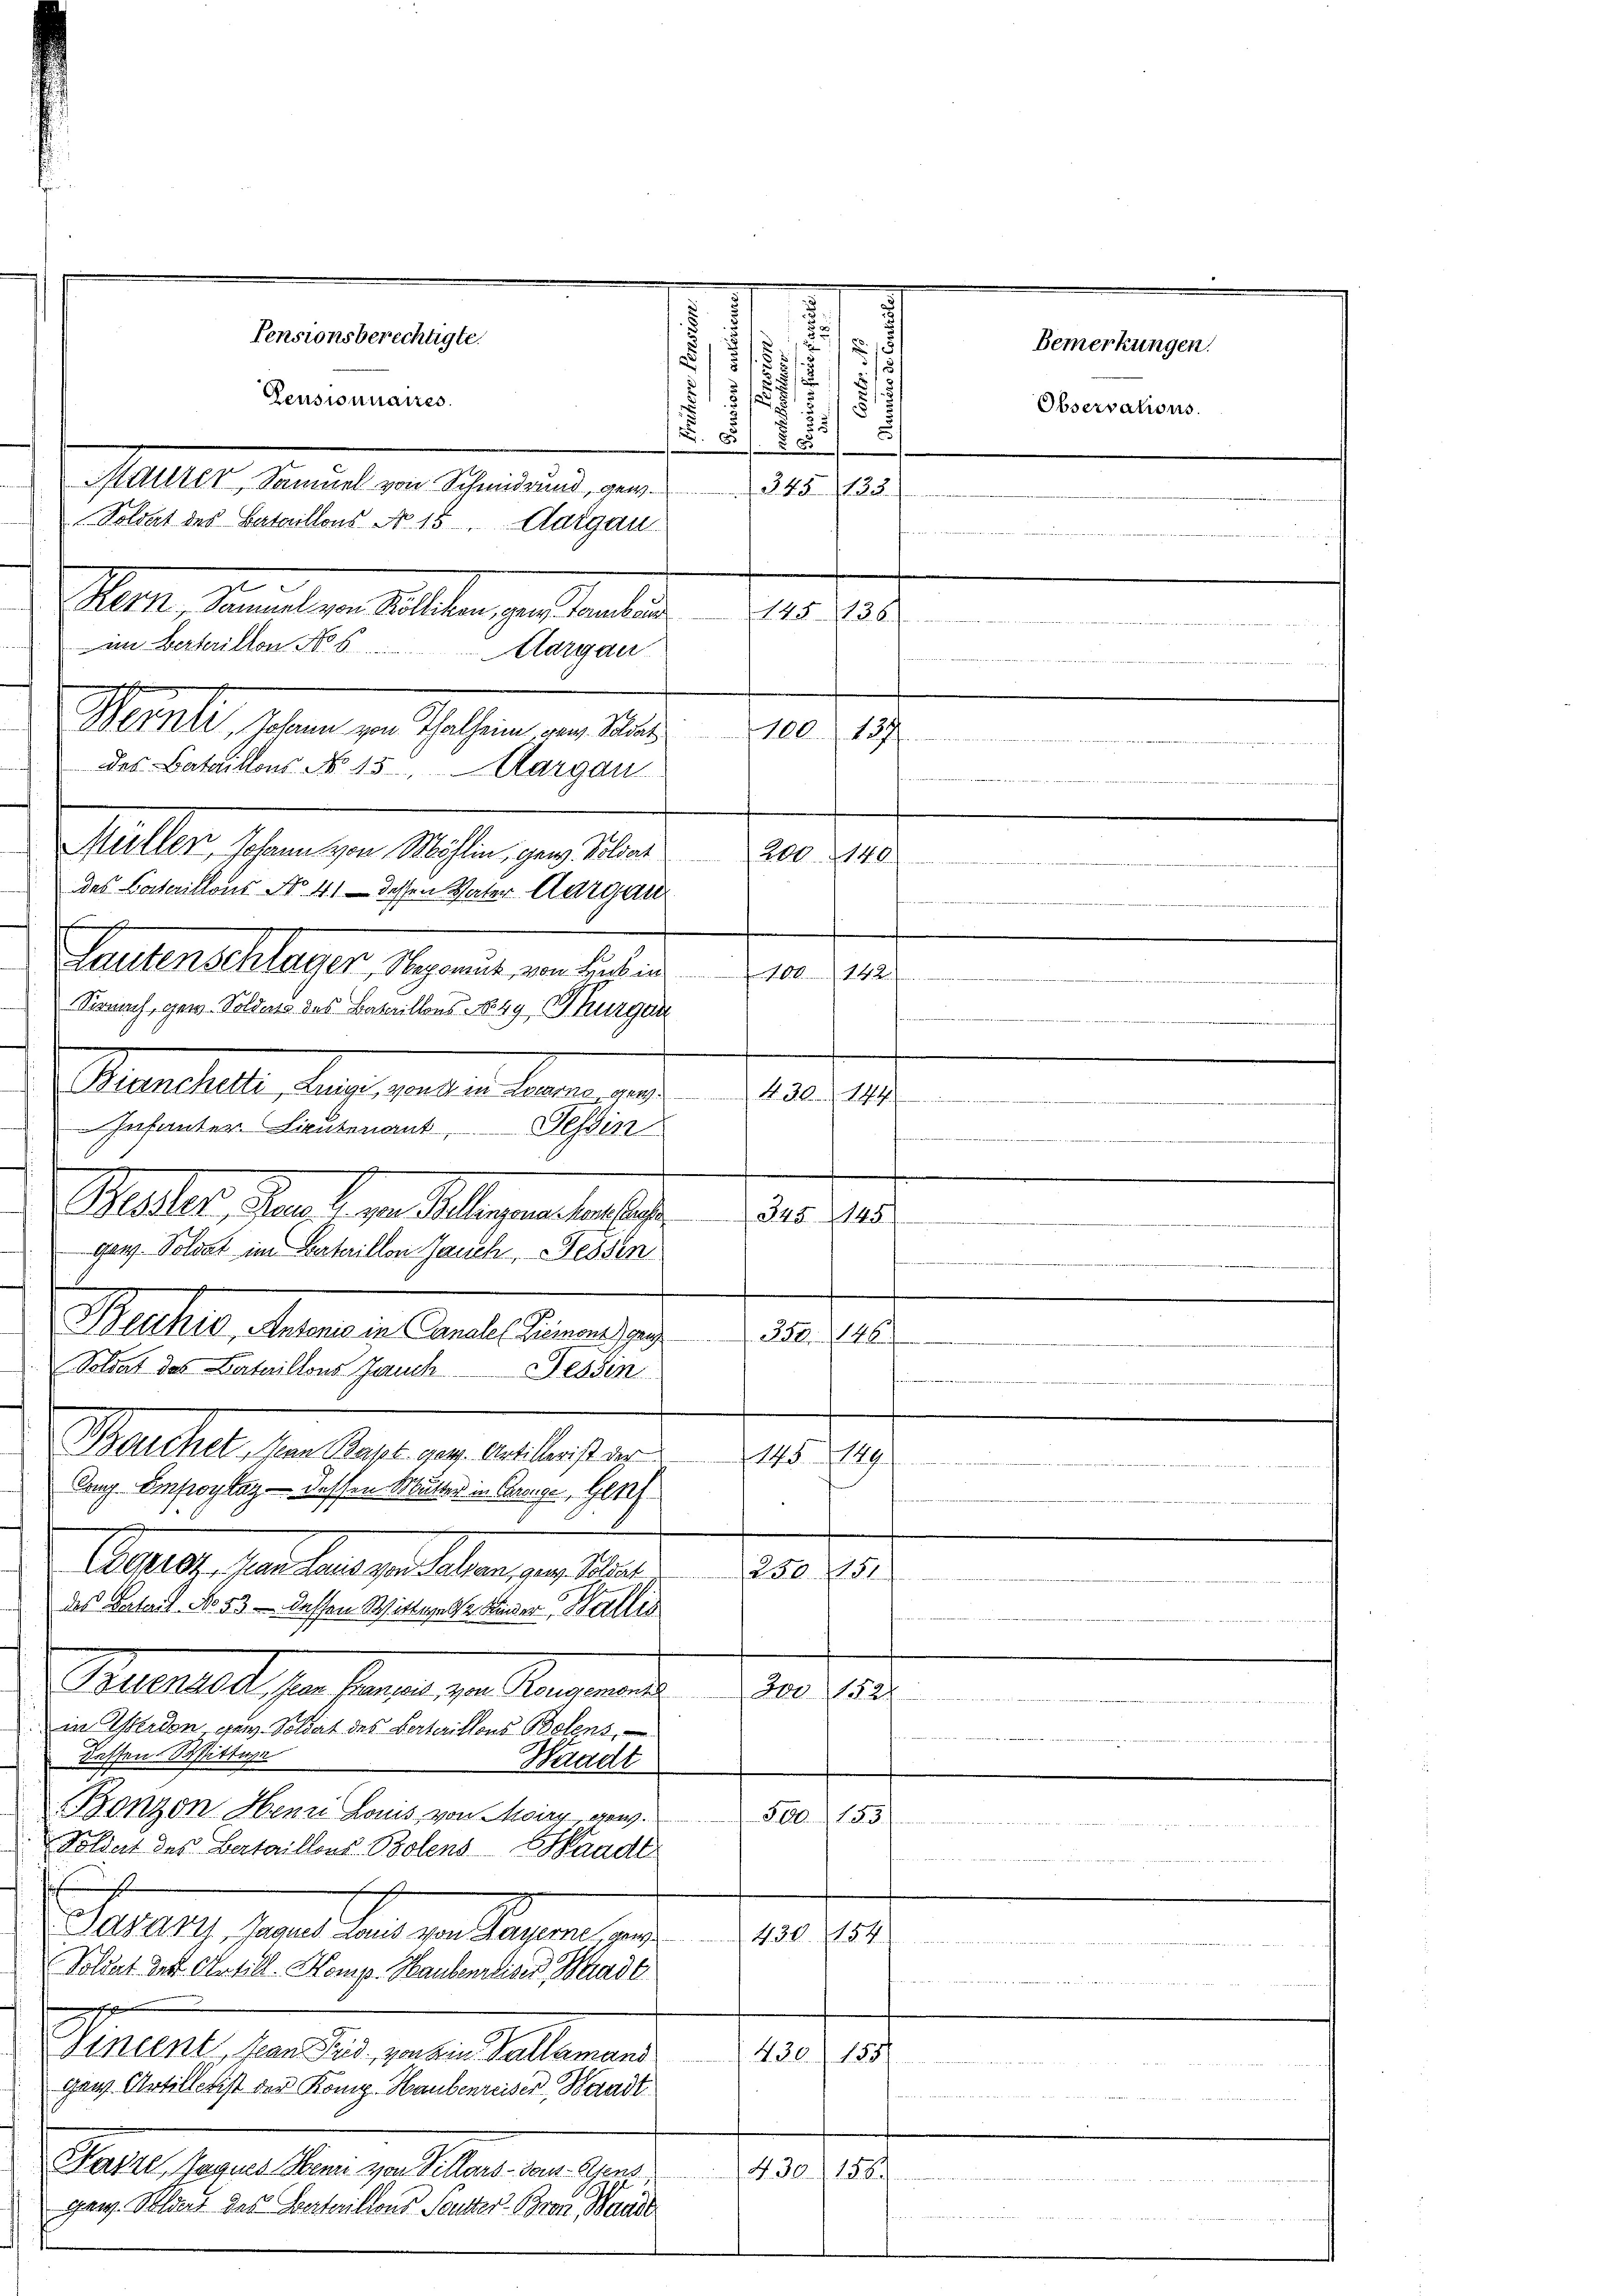
Pensionnaires.
i
§ 51. 89
Malter Sammel von Schmidrund, gew.
Soldat des Bataillons No 15. Aargau
.
Merl, Staaten Mater gestanden
145-136.
im Bataillon No 6. Aargau
Wernli, Johann von Thalheim von Mad. 100. 187
des Bataillons No 15, Aargau
Müller, Johann von Möhlin, gew. Soldat 200 140
des Vaterillons No. 41 dessen Vater Aargau
f
Lantenschlager, Nepomnt von Bub in 100 142
.
Sienach, gew. Soldans des Bataillons- Egg, Thurgan
Menthalte, der alten denen ande
4. 30. 144.
i
r
Infanter Lautenant
Tessin
t
Madler, den d. von Magen das ehe . . . .
gen. Soldat im Bataillon Jauch, Fessen
f

Beichis, Antonis in Canale Liemonst gen 350. 146
Soldat das Bertaillons Jauch
Tessin
Maltet, der Seite vor deutlicht au
145. 149.
Aug. Einfroglaz — dessen Mutter in Connige, Gesch
 n. Freiben gestalten, an den d. 23. 28.
des Batail. No. 53. — Dassen Wittwerk einer Wallis
Mauerte zu seine von Namenten

in Werden, ganz Soldat des Bertaillons Bolens,
ilch leiteren werden Wert werden ist in der eine
dessen Wittwe
Waadt
n
Bonzon Herr Louis, von Moirg, gew. 500 153
  Mitter
Soldat des Bataillons-Bolens Baader
s
Seren, seinen den von Sagen der 180. 185
Poldat Dr. Artill. Komp. Haubenreiser Stadt
n
Miethet, der der, parten allemand
430. 155
4
gen Artilletist der König. Haubenreiser Waadt
Hadte, Jaques Henri von Villars - San.-Gesens
430. 158
gen. Stand des Bataillons Sauter Bron Baude
.
n

Pensionsberechtigte.

d
/
5 15 x

2
 10 f
8

345. 133.

n

Bemerkungen.
Observations.